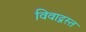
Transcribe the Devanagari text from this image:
विवाद्ग्रस्त